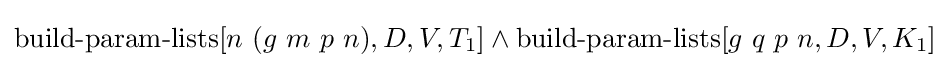
\operatorname {build-param-lists} [n\ (g\ m\ p\ n),D,V,T_{1}]\land \operatorname {build-param-lists} [g\ q\ p\ n,D,V,K_{1}]